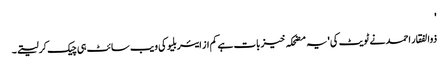
'
ذوالفقار احمد نے ٹویٹ کی 'یہ مضحکہ خیز بات ہے کم از ایئربلیو کی ویب سائٹ ہی چیک کرلیتے۔